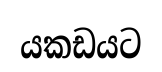
යකඩයට